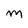
Character: m